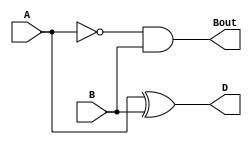
`timescale 1ns / 1ps
module HalfSubtractor(input A, input B, output D, output Bout);
	 
xor(D, A, B);
and(Bout, ~A, B);

endmodule